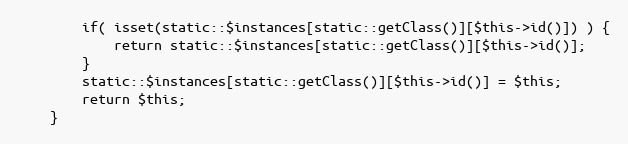
Language: PHP
		if( isset(static::$instances[static::getClass()][$this->id()]) ) {
			return static::$instances[static::getClass()][$this->id()];
		}
		static::$instances[static::getClass()][$this->id()] = $this;
		return $this;
	}